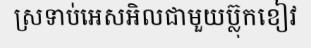
ស្រទាប់អេសអិលជាមួយប្ល៊ុកខៀវ